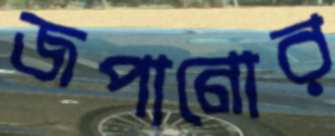
জপানোর